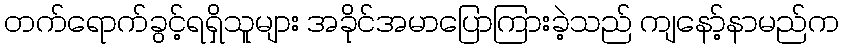
တက်ရောက်ခွင့်ရရှိသူများ အခိုင်အမာပြောကြားခဲ့သည် ကျနော့်နာမည်က